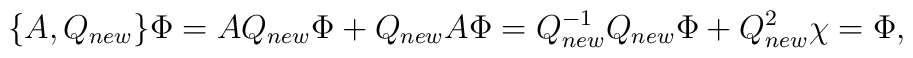
\{ A ,Q_{new} \} \Phi = A Q_{new} \Phi + Q_{new} A \Phi      = Q_{new}^{-1} Q_{new} \Phi + Q_{new}^2 \chi = \Phi,